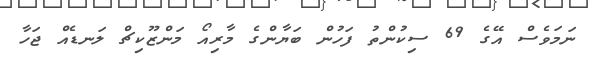
ނަމަވެސް އޭގެ 69 ސިކުންތު ފަހުން ބަޔާންގެ މާރިއޯ މަންޒޫކިޗް ލަނޑެއް ޖަހާ